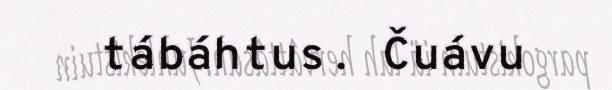
tábáhtus. Čuávu